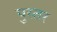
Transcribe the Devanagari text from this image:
पुस्तर